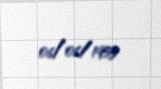
06/06/1953